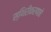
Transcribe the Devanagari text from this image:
स्थिरीकरणाचे